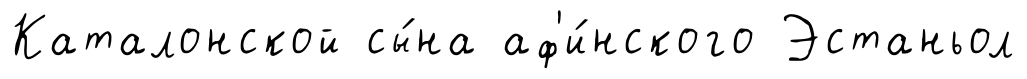
Каталонской сы́на аф'и́нского Эстаньол